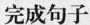
完成句子